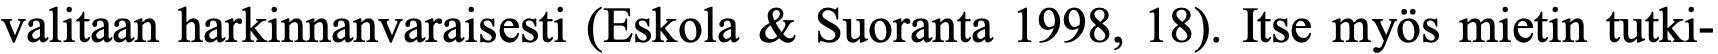
valitaan harkinnanvaraisesti (Eskola & Suoranta 1998, 18). Itse myös mietin tutki-